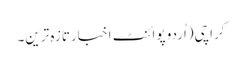
کراچی(اُردو پوائنٹ اخبارتازہ ترین۔